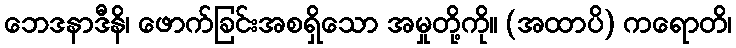
ဘေဒနာဒီနိ၊ ဖောက်ခြင်းအစရှိသော အမှုတို့ကို။ (အထာပိ) ကရောတိ၊